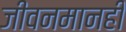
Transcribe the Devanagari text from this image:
जीवनमानही